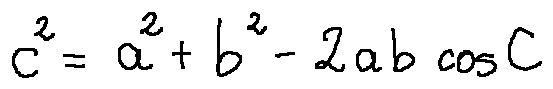
c ^ { 2 } = a ^ { 2 } + b ^ { 2 } - 2 a b \cos C